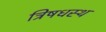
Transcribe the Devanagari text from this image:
त्रिषधस्थ